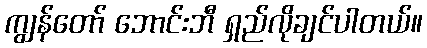
ကျွန်တော် ဘောင်းဘီ ရှည်လိုချင်ပါတယ်။